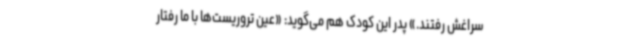
سراغش رفتند.» پدر این کودک هم می‌گوید: «عین تروریست‌ها با ما رفتار